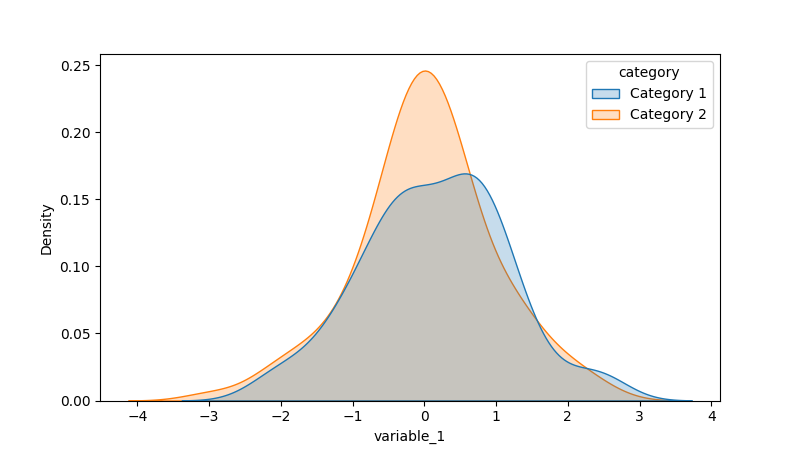
python, seaborn, kdeplot, hue='category', fill=True, bw_adjust=1.0